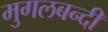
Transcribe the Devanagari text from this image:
मुगलबन्दी